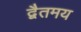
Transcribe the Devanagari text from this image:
द्वैतमय